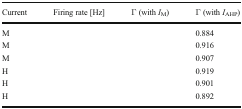
<table><thead><tr><td><b>Current</b></td><td><b>Firing rate [Hz]</b></td><td><b>Γ (with <i>I</i><sub>M</sub>)</b></td><td><b>Γ (with <i>I</i><sub>AHP</sub>)</b></td></tr></thead><tbody><tr><td>M</td><td>[EMPTY_CELL]</td><td>[EMPTY_CELL]</td><td>0.884</td></tr><tr><td>M</td><td>[EMPTY_CELL]</td><td>[EMPTY_CELL]</td><td>0.916</td></tr><tr><td>M</td><td>[EMPTY_CELL]</td><td>[EMPTY_CELL]</td><td>0.907</td></tr><tr><td>H</td><td>[EMPTY_CELL]</td><td>[EMPTY_CELL]</td><td>0.919</td></tr><tr><td>H</td><td>[EMPTY_CELL]</td><td>[EMPTY_CELL]</td><td>0.901</td></tr><tr><td>H</td><td>[EMPTY_CELL]</td><td>[EMPTY_CELL]</td><td>0.892</td></tr></tbody></table>